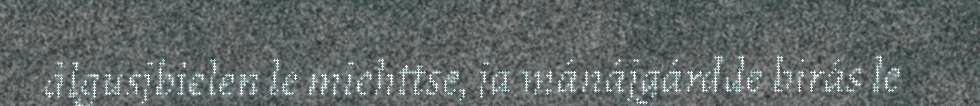
ålgusjbielen le miehttse, ja mánájgárdde birás le